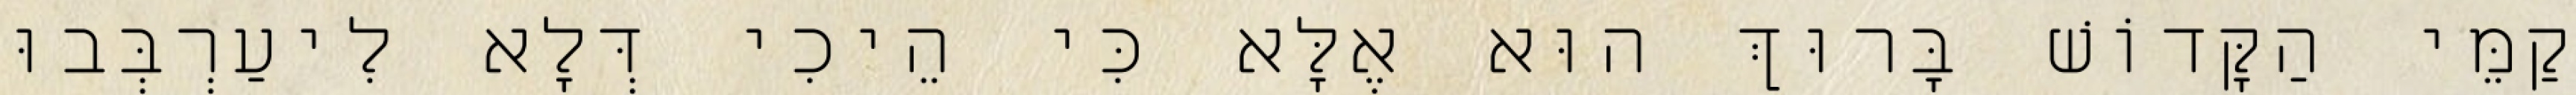
קַמֵּי הַקָּדוֹשׁ בָּרוּךְ הוּא אֶלָּא כִּי הֵיכִי דְּלָא לִיעַרְבְּבוּ